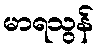
မာရသွန်